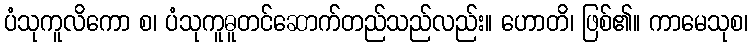
ပံသုကူလိကော စ၊ ပံသုကူဓူတင်ဆောက်တည်သည်လည်း။ ဟောတိ၊ ဖြစ်၏။ ကာမေသုစ၊